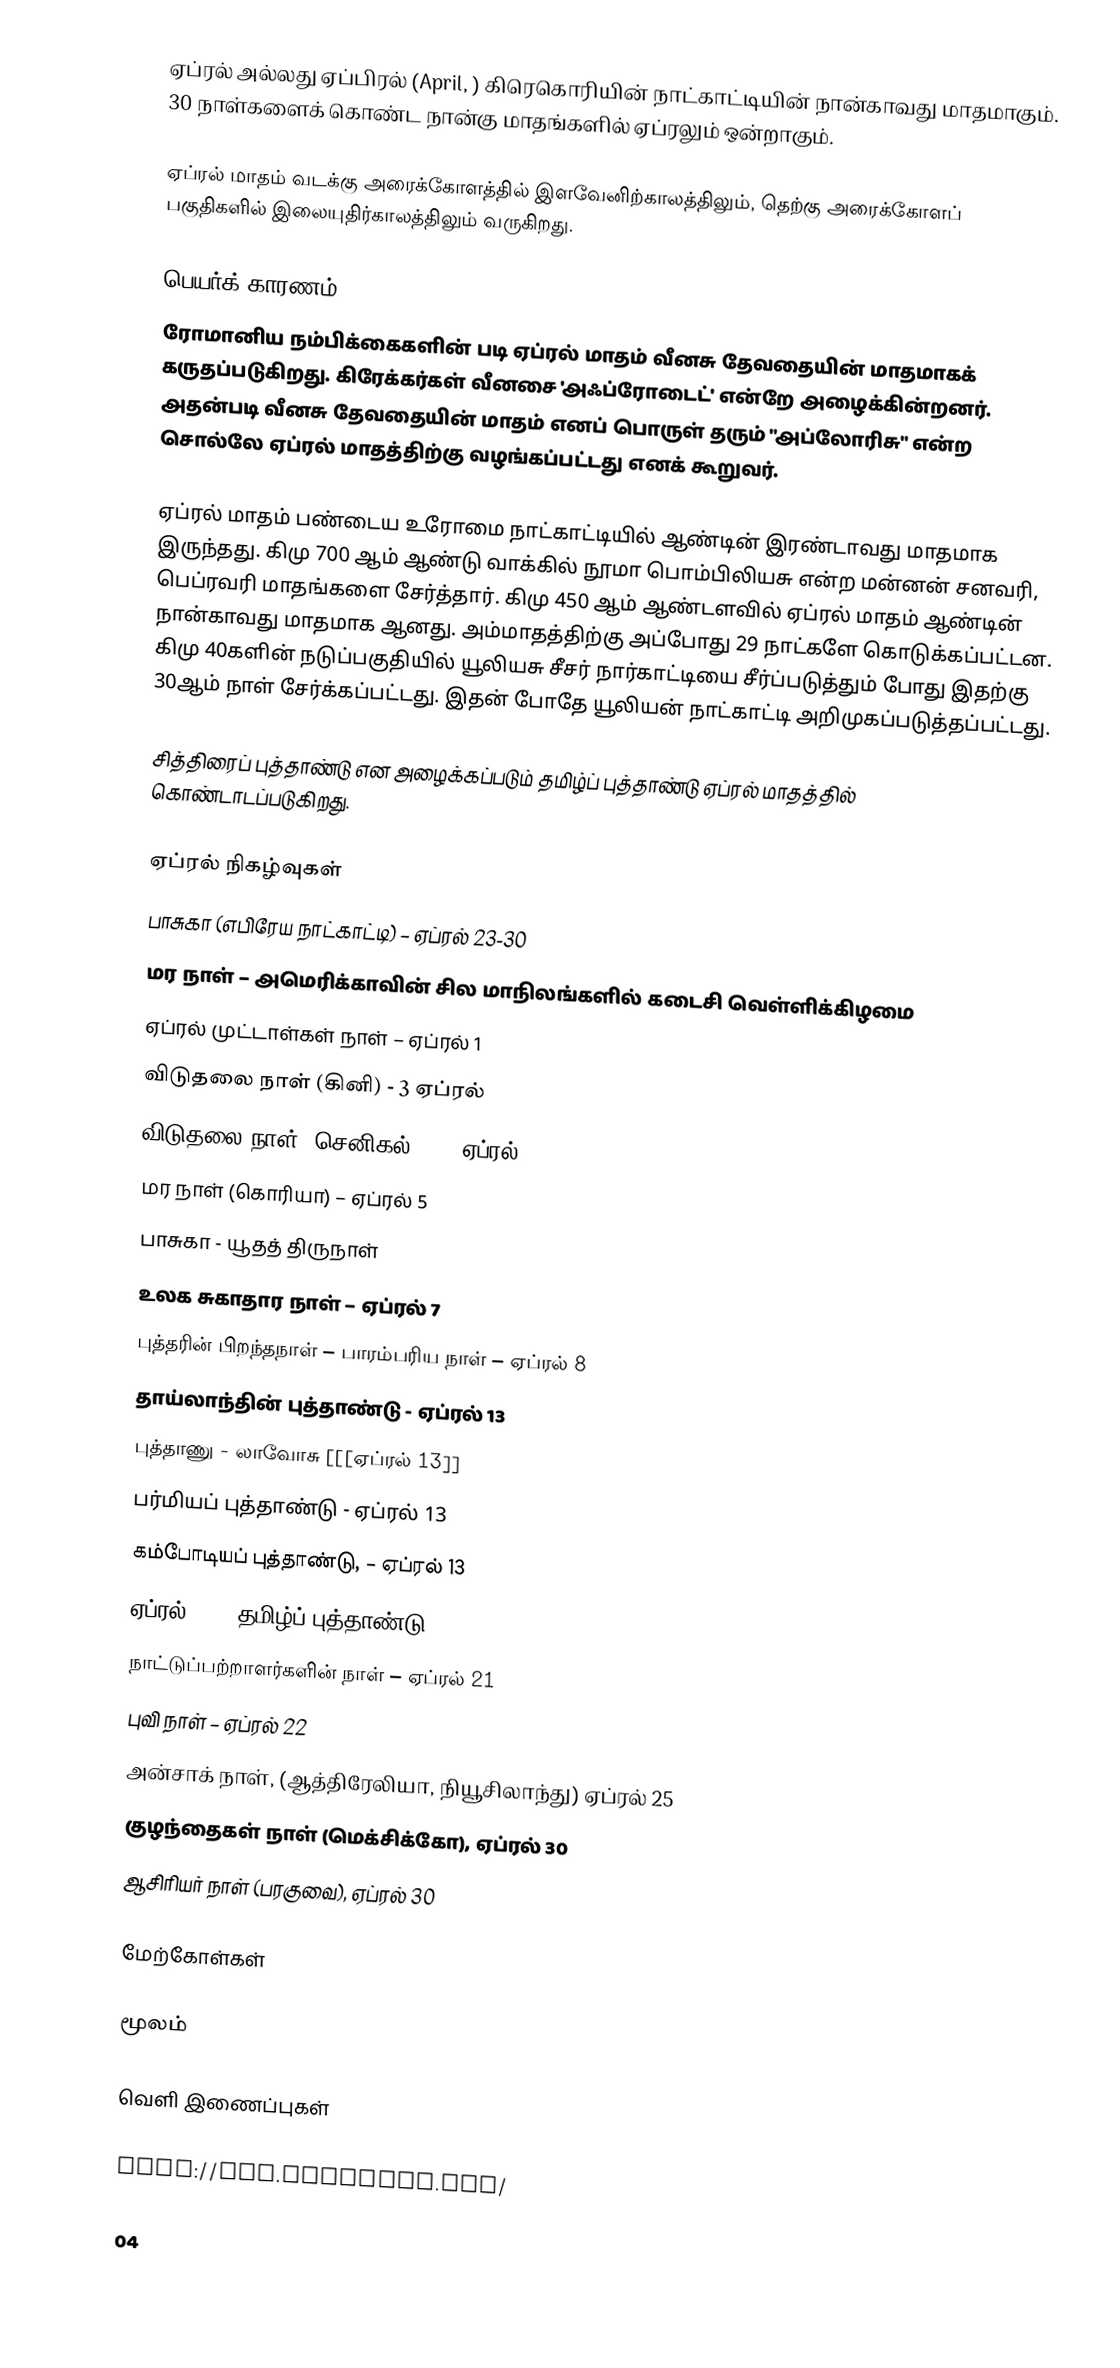
ஏப்ரல் அல்லது ஏப்பிரல் (April,  ) கிரெகொரியின் நாட்காட்டியின் நான்காவது மாதமாகும். 30 நாள்களைக் கொண்ட நான்கு மாதங்களில் ஏப்ரலும் ஒன்றாகும்.

ஏப்ரல் மாதம் வடக்கு அரைக்கோளத்தில் இளவேனிற்காலத்திலும், தெற்கு அரைக்கோளப் பகுதிகளில் இலையுதிர்காலத்திலும் வருகிறது.

பெயர்க் காரணம்
ரோமானிய நம்பிக்கைகளின் படி ஏப்ரல் மாதம் வீனசு தேவதையின் மாதமாகக் கருதப்படுகிறது. கிரேக்கர்கள் வீனசை 'அஃப்ரோடைட்' என்றே அழைக்கின்றனர். அதன்படி வீனசு தேவதையின் மாதம் எனப் பொருள் தரும் "அப்லோரிசு" என்ற சொல்லே ஏப்ரல் மாதத்திற்கு வழங்கப்பட்டது எனக் கூறுவர்.

ஏப்ரல் மாதம் பண்டைய உரோமை நாட்காட்டியில் ஆண்டின் இரண்டாவது மாதமாக இருந்தது. கிமு 700 ஆம் ஆண்டு வாக்கில் நூமா பொம்பிலியசு என்ற மன்னன் சனவரி, பெப்ரவரி மாதங்களை சேர்த்தார். கிமு 450 ஆம் ஆண்டளவில் ஏப்ரல் மாதம் ஆண்டின் நான்காவது மாதமாக ஆனது. அம்மாதத்திற்கு அப்போது 29 நாட்களே கொடுக்கப்பட்டன. கிமு 40களின் நடுப்பகுதியில் யூலியசு சீசர் நார்காட்டியை சீர்ப்படுத்தும் போது இதற்கு 30ஆம் நாள் சேர்க்கப்பட்டது. இதன் போதே யூலியன் நாட்காட்டி அறிமுகப்படுத்தப்பட்டது.

சித்திரைப் புத்தாண்டு என அழைக்கப்படும் தமிழ்ப் புத்தாண்டு ஏப்ரல் மாதத்தில் கொண்டாடப்படுகிறது.

ஏப்ரல் நிகழ்வுகள்
பாசுகா (எபிரேய நாட்காட்டி)  – ஏப்ரல் 23-30
மர நாள் – அமெரிக்காவின் சில மாநிலங்களில் கடைசி வெள்ளிக்கிழமை
ஏப்ரல் முட்டாள்கள் நாள் – ஏப்ரல் 1
 விடுதலை நாள் (கினி) - 3 ஏப்ரல்
 விடுதலை நாள் (செனிகல்) - 4 ஏப்ரல்
மர நாள் (கொரியா) – ஏப்ரல் 5
பாசுகா - யூதத் திருநாள்
உலக சுகாதார நாள் – ஏப்ரல் 7
புத்தரின் பிறந்தநாள் – பாரம்பரிய நாள் – ஏப்ரல் 8
தாய்லாந்தின் புத்தாண்டு - ஏப்ரல் 13
புத்தாணு - லாவோசு [[[ஏப்ரல் 13]]
பர்மியப் புத்தாண்டு - ஏப்ரல் 13
கம்போடியப் புத்தாண்டு, – ஏப்ரல் 13
ஏப்ரல் 14 - தமிழ்ப் புத்தாண்டு
நாட்டுப்பற்றாளர்களின் நாள் – ஏப்ரல் 21
புவி நாள் – ஏப்ரல் 22
அன்சாக் நாள், (ஆத்திரேலியா, நியூசிலாந்து) ஏப்ரல் 25
குழந்தைகள் நாள் (மெக்சிக்கோ), ஏப்ரல் 30
ஆசிரியர் நாள் (பரகுவை), ஏப்ரல் 30

மேற்கோள்கள்

மூலம்

வெளி இணைப்புகள்

 http://www.arborday.org/

 04